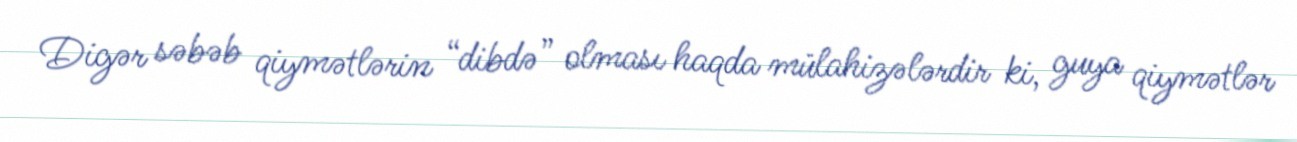
Digər səbəb qiymətlərin “dibdə” olması haqda mülahizələrdir ki, guya qiymətlər